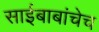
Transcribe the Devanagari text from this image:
साईबाबांचेच